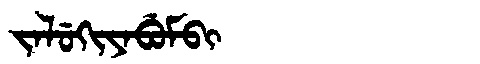
Manchu: ᠵᠠᠯᡠᡴᡳᠶᠠᠪᡠᠮᠪᡳ
Romanization: JALUKIYABUMBI